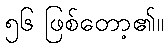
၅၆ ဖြစ်တော့၏။